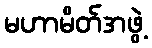
မဟာမိတ်အဖွဲ့